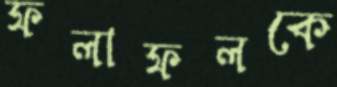
ফলাফলকে